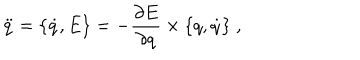
LaTeX: \ddot { q } = \{ \dot { q } , E \} = - { \frac { \partial E } { \partial q } } \times \{ q , \dot { q } \} \; ,